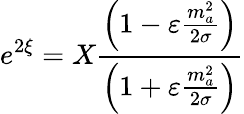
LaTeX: e^{2\xi}=X\frac{\left(1-\varepsilon\frac{m_{a}^{2}}{2\sigma}\right)}{\left(1+\varepsilon\frac{m_{a}^{2}}{2\sigma}\right)}